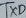
Text: TXD